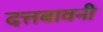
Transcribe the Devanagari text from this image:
दत्तबावनी